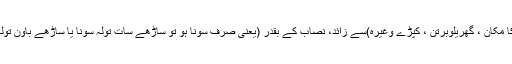
زکاۃ کا مستحق وہ مسلمان ہے جس کے پاس اس کی بنیادی ضرورت و استعمال ( یعنی رہنے کا مکان ، گھریلوبرتن ، کپڑے وغیرہ)سے زائد، نصاب کے بقدر (یعنی صرف سونا ہو تو ساڑھے سات تولہ سونا یا ساڑھے باون تولہ چاندی یا اس کی موجودہ قیمت کے برابر) مال یا سامان موجود نہ ہو اور وہ سید/ عباسی نہ ہو۔